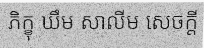
ភិក្ខុ ឃឹម សាលីម សេចក្តី